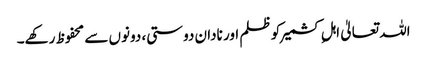
اللہ تعالیٰ اہلِ کشمیر کو ظلم اور نادان دوستی، دونوں سے محفوظ رکھے۔